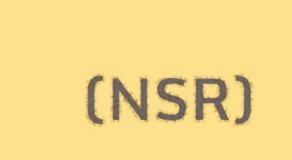
(NSR)